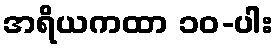
အရိယကထာ ၁၀-ပါး